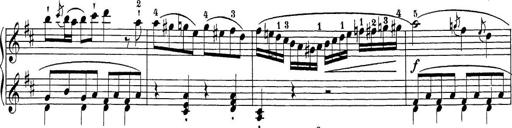
Title: Sonatina Album
Composer: Louis KÃ¶hler